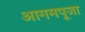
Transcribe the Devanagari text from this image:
आगमपूजा